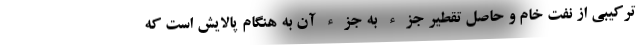
ترکیبی از نفت خام و حاصل تقطیر جزء به جزء آن به هنگام پالایش است که